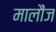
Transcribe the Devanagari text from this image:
मालौंज